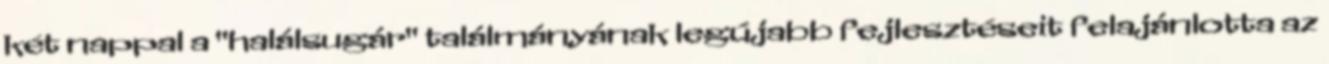
két nappal a "halálsugár" találmányának legújabb fejlesztéseit felajánlotta az